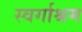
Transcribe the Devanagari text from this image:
स्‍वर्गाश्रम